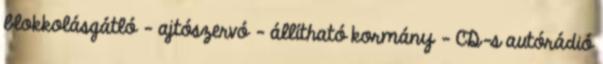
blokkolásgátló – ajtószervó – állítható kormány – CD-s autórádió